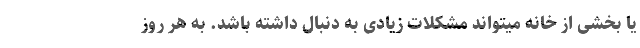
یا بخشی از خانه میتواند مشکلات زیادی به دنبال داشته باشد. به هر روز